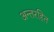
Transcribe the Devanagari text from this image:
अन्तरहित